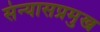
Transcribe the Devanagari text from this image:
संन्यासप्रमुख